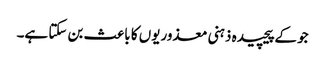
جو کےپیچیدہ ذہنی معذوریوں کا باعث بن سکتا ہے۔